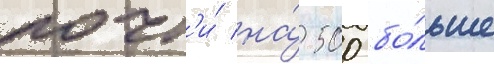
почт'и́ на́ 500 бо́льше